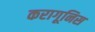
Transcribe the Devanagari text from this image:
करागूनिस